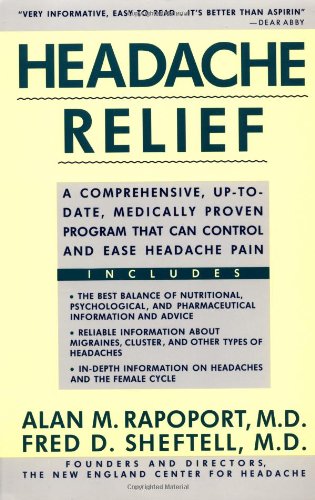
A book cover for Headache Relief; Alan Rapoport; Health, Fitness & Dieting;